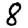
Digit: 8